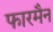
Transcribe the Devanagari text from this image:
फारमैन